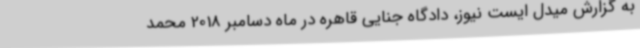
به گزارش میدل ایست نیوز، دادگاه جنایی قاهره در ماه دسامبر 2018 محمد